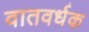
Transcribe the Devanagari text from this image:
वातवर्धक